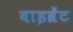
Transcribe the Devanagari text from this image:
वाइब्रेंट